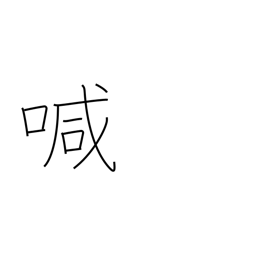
Meaning: call